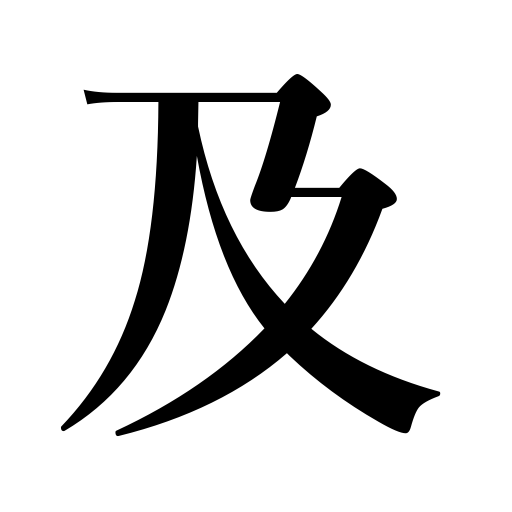
Meanings: equal,and,as well as,befall,extend,exert,cause,match,happen to,reach,come up to,amount to,exercise